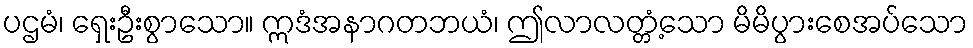
ပဌမံ၊ ရှေးဦးစွာသော။ ဣဒံအနာဂတဘယံ၊ ဤလာလတ္တံ့သော မိမိပွားစေအပ်သော